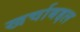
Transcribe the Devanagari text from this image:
खर्चाबद्दल